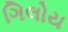
ગિલોય